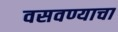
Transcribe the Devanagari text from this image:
वसवण्याचा